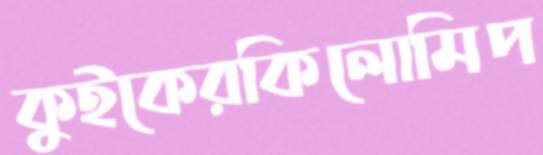
কুইকেরকিলোমিপ